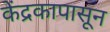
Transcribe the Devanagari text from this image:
केंद्रकापासून